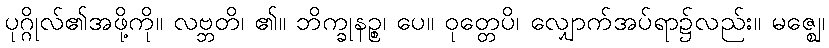
ပုဂ္ဂိုလ်၏အဖို့ကို။ လဗ္ဘတိ၊ ၏။ ဘိက္ခုနဉ္စ၊ ပေ။ ဝုတ္တေပိ၊ လျှောက်အပ်ရာ၌လည်း။ မဇ္ဈေ၊